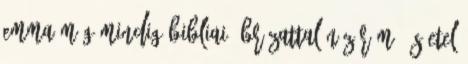
Emma még mindig bibliai ábrázattal néz rám, és Etel